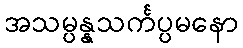
အသမ္ပန္နသင်္ကပ္ပမနော